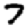
Digit: 7